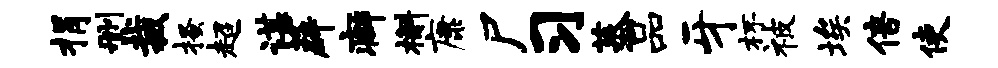
捐删裁搔超谌薜癖槲康尸习蒸品牙杯被埃倍使